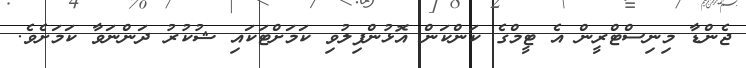
ޖެންޑާ މިނިސްޓްރީން އެ ޓީމްގެ ކަންކަން އޮޅުންފިލުވި ކަމަށްޓަކައި ޝުކުރު ދަންނަވާ ކަމަށެވެ.